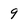
Character: 9